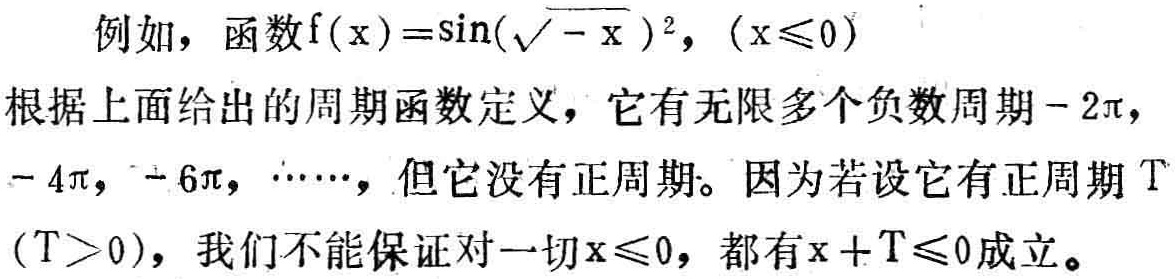
例如，函数\(f(x)=\sin(\sqrt{-x})^2, (x\leq0)\)
根据上面给出的周期函数定义，它有无限多个负数周期\(-2\pi\)，\(-4\pi\)，\(-6\pi\)，\(\cdots\)，但它没有正周期。因为若设它有正周期\(T\) \((T > 0)\)，我们不能保证对一切\(x\leq0\)，都有\(x + T\leq0\)成立。